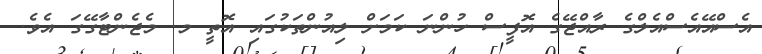
އެސްއޭއެސްއެލްގެ ރާއްޖޭގެ އޮފީސް ހުންނަ ކަމަށް ލިއުންތަކުގައި އޮތީ މ. މެޖެންޓާގޭގަ އެވެ.